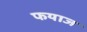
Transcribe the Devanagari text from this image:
फयाज